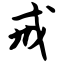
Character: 戒